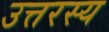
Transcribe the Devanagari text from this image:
उत्तरस्य